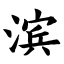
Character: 滨